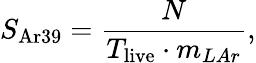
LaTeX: S_{\mathrm{Ar39}}=\frac{N}{T_{\mathrm{live}}\cdot m_{LAr}},